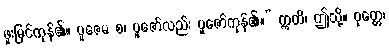
ဖူးမြင်ကုန်၏။ ပူဇေမ စ၊ ပူဇော်လည်း ပူဇော်ကုန်၏။” ဣတိ၊ ဤသို့။ ဝုတ္တေ၊